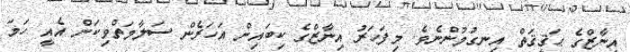
އިނާޒްގެ ޙަޤީޤަތް އިނގުމުންނެވެ. މިފަހަރު އިނާޒްގެ ކިބައިން އަހަރެން ސަލާމަތްވިކަން އެއީ ހަމަ